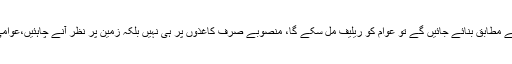
19 ستمبر2018ء) وزیراعلیٰ بلوچستان جام کمال خان نے کہا ہے کہ ترقیاتی منصوبے عوام کی ضروریات کے مطابق بنائے جائیں گے تو عوام کو ریلیف مل سکے گا، منصوبے صرف کاغذوں پر ہی نہیں بلکہ زمین پر نظر آنے چاہئیں،عوامی خدمات کی فراہمی کے محکموں کی کارکردگی بہتر ہونے سے ترقیاتی منصوبے بروقت مکمل ہوسکیں گے۔